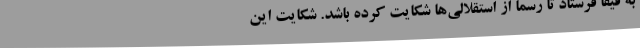
به فیفا فرستاد تا رسماً از استقلالی‌ها شکایت کرده باشد. شکایت این